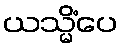
ယသ္မိံပေ